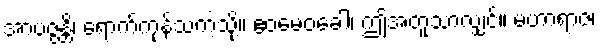
အာပဇ္ဇန္တိ၊ ရောက်ကုန်သကဲ့သို့။ ဧဝမေဝခေါ၊ ဤအတူသာလျှင်။ မဟာရာဇ၊